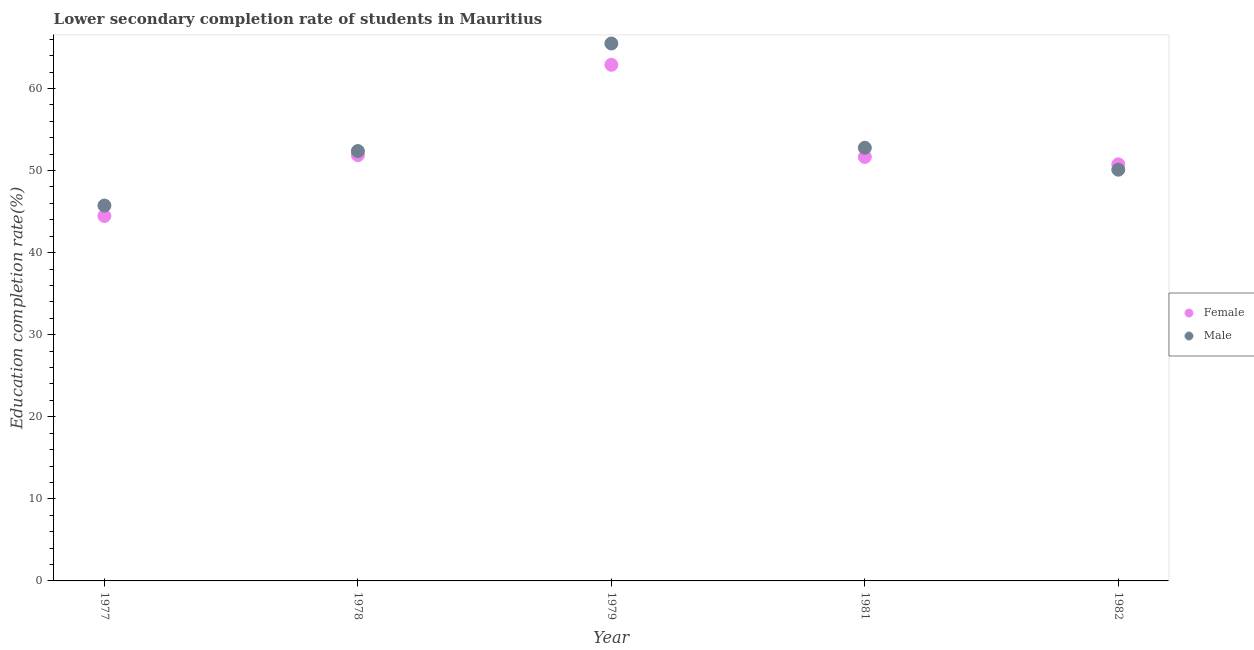
| Year | Female | Male |
 | --- | --- | --- |
 | 1977 | 44.5 | 45.7 |
 | 1978 | 51.9 | 52.4 |
 | 1979 | 62.9 | 65.5 |
 | 1981 | 51.7 | 52.8 |
 | 1982 | 50.8 | 50.1 |